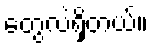
တွေလဲရှိတယ်။